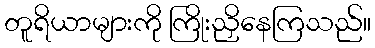
တူရိယာများကို ကြိုးညှိနေကြသည်။